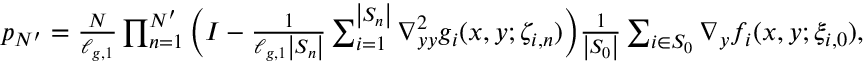
\begin{array} { r } { p _ { N ^ { \prime } } = \frac { N } { \ell _ { g , 1 } } \prod _ { n = 1 } ^ { N ^ { \prime } } \Big ( I - \frac { 1 } { \ell _ { g , 1 } \left| S _ { n } \right| } \sum _ { i = 1 } ^ { \left| S _ { n } \right| } \nabla _ { y y } ^ { 2 } g _ { i } ( x , y ; \zeta _ { i , n } ) \Big ) \frac { 1 } { \left| S _ { 0 } \right| } \sum _ { i \in S _ { 0 } } \nabla _ { y } f _ { i } ( x , y ; \xi _ { i , 0 } ) , } \end{array}